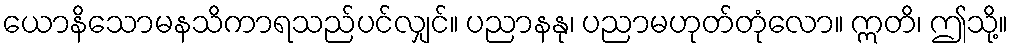
ယောနိသောမနသိကာရသည်ပင်လျှင်။ ပညာနနု၊ ပညာမဟုတ်တုံလော။ ဣတိ၊ ဤသို့။